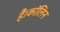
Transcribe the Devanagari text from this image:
हैं।कॉलिन